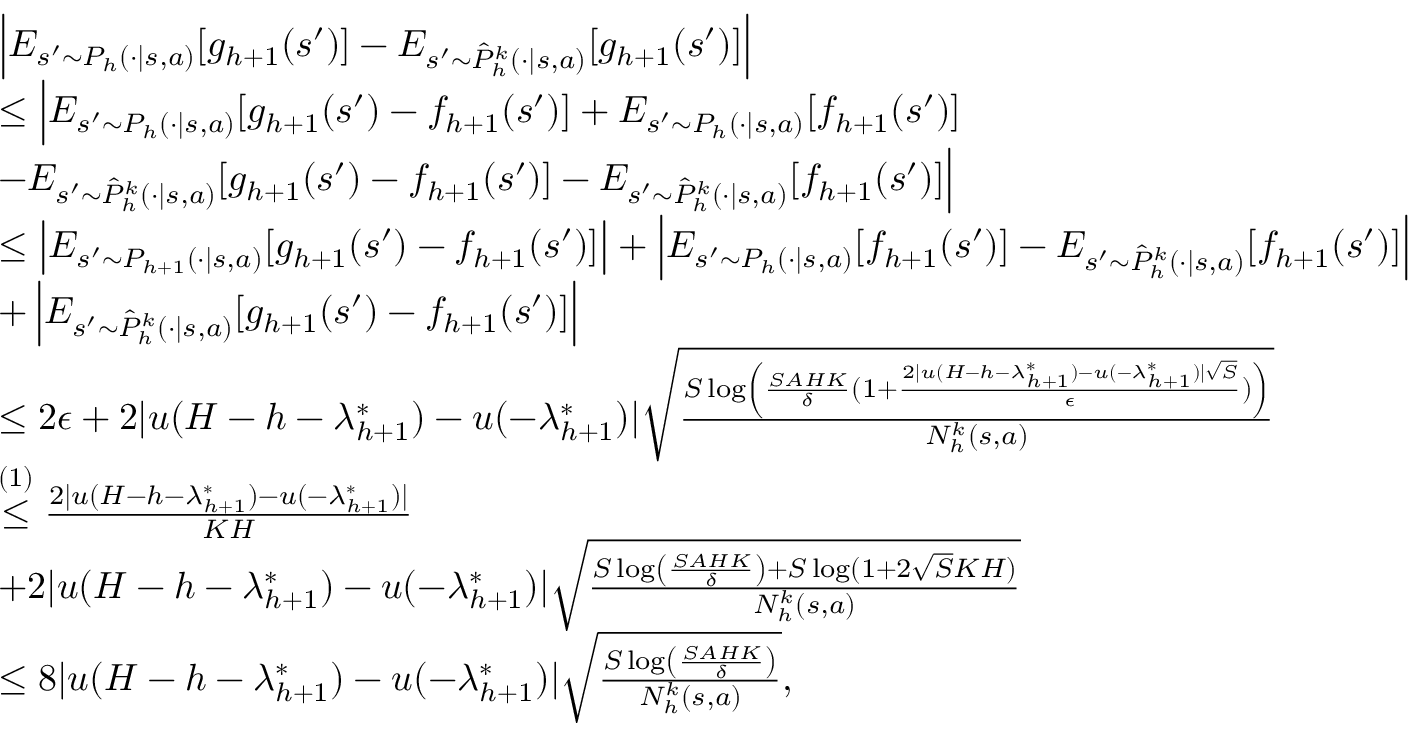
\begin{array} { r l } & { \left\vert E _ { s ^ { \prime } \sim P _ { h } ( \cdot \vert s , a ) } [ g _ { h + 1 } ( s ^ { \prime } ) ] - E _ { s ^ { \prime } \sim \hat { P } _ { h } ^ { k } ( \cdot \vert s , a ) } [ g _ { h + 1 } ( s ^ { \prime } ) ] \right\vert } \\ & { \leq \Big \vert E _ { s ^ { \prime } \sim P _ { h } ( \cdot \vert s , a ) } [ g _ { h + 1 } ( s ^ { \prime } ) - f _ { h + 1 } ( s ^ { \prime } ) ] + E _ { s ^ { \prime } \sim P _ { h } ( \cdot \vert s , a ) } [ f _ { h + 1 } ( s ^ { \prime } ) ] } \\ & { - E _ { s ^ { \prime } \sim \hat { P } _ { h } ^ { k } ( \cdot \vert s , a ) } [ g _ { h + 1 } ( s ^ { \prime } ) - f _ { h + 1 } ( s ^ { \prime } ) ] - E _ { s ^ { \prime } \sim \hat { P } _ { h } ^ { k } ( \cdot \vert s , a ) } [ f _ { h + 1 } ( s ^ { \prime } ) ] \Big \vert } \\ & { \leq \left\vert E _ { s ^ { \prime } \sim P _ { h + 1 } ( \cdot \vert s , a ) } [ g _ { h + 1 } ( s ^ { \prime } ) - f _ { h + 1 } ( s ^ { \prime } ) ] \right\vert + \left\vert E _ { s ^ { \prime } \sim P _ { h } ( \cdot \vert s , a ) } [ f _ { h + 1 } ( s ^ { \prime } ) ] - E _ { s ^ { \prime } \sim \hat { P } _ { h } ^ { k } ( \cdot \vert s , a ) } [ f _ { h + 1 } ( s ^ { \prime } ) ] \right\vert } \\ & { + \left\vert E _ { s ^ { \prime } \sim \hat { P } _ { h } ^ { k } ( \cdot \vert s , a ) } [ g _ { h + 1 } ( s ^ { \prime } ) - f _ { h + 1 } ( s ^ { \prime } ) ] \right\vert } \\ & { \leq 2 \epsilon + 2 \vert u ( H - h - \lambda _ { h + 1 } ^ { * } ) - u ( - \lambda _ { h + 1 } ^ { * } ) \vert \sqrt { \frac { S \log \left( \frac { S A H K } { \delta } ( 1 + \frac { 2 \vert u ( H - h - \lambda _ { h + 1 } ^ { * } ) - u ( - \lambda _ { h + 1 } ^ { * } ) \vert \sqrt { S } } { \epsilon } ) \right) } { N _ { h } ^ { k } ( s , a ) } } } \\ & { \overset { ( 1 ) } { \leq } \frac { 2 \vert u ( H - h - \lambda _ { h + 1 } ^ { * } ) - u ( - \lambda _ { h + 1 } ^ { * } ) \vert } { K H } } \\ & { + 2 \vert u ( H - h - \lambda _ { h + 1 } ^ { * } ) - u ( - \lambda _ { h + 1 } ^ { * } ) \vert \sqrt { \frac { S \log \left( \frac { S A H K } { \delta } \right) + S \log ( 1 + 2 \sqrt { S } K H ) } { N _ { h } ^ { k } ( s , a ) } } } \\ & { \leq 8 \vert u ( H - h - \lambda _ { h + 1 } ^ { * } ) - u ( - \lambda _ { h + 1 } ^ { * } ) \vert \sqrt { \frac { S \log \left( \frac { S A H K } { \delta } \right) } { N _ { h } ^ { k } ( s , a ) } } , } \end{array}